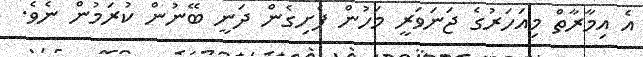
އެ އިމާރާތް މިއަހަރުގެ ޖަނަވަރީ މަހުން ފެށިގެން ދަނީ ބޭނުން ކުރަމުން ނެވެ.